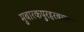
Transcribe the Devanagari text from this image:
मुबारकपुरहरबल्लभ